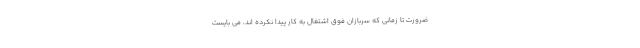
ضرورت تا زمانی که سربازان فوق اشتغال به کار پیدا نکرده اند، می بایست